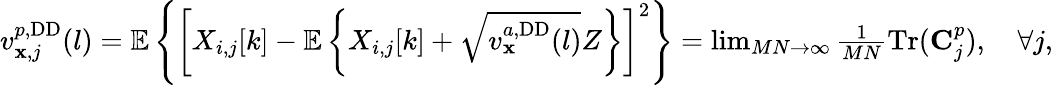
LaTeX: \begin{array}{r}{v_{\mathbf{x},j}^{p,\mathrm{DD}}(l)=\mathbb{E}\left\{ \left[X_{i,j}[k]-\mathbb{E}\left\{ X_{i,j}[k]+\sqrt{v_{\mathbf{x}}^{a,\mathrm{DD}}(l)}Z\right\} \right]^{2}\right\} =\operatorname*{lim}_{MN\rightarrow\infty}\frac{1}{MN}\mathrm{Tr}(\mathbf{C}_{j}^{p}),\quad\forall j,}\end{array}